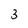
Character: 3